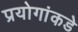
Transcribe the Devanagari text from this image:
प्रयोगांकडे